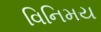
વિનિમય